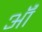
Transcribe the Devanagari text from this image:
ऑं